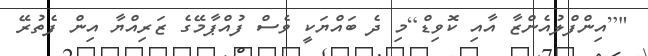
"[އިންފްލުއެންޒާ އާއި ކޮވިޑް]މި ދެ ބައްޔަކީ ވެސް ފުއްޕާމޭގެ ޒަރިއްޔާ އިން ފެތުރޭ